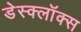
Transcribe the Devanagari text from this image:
डेस्क्लॉक्स